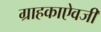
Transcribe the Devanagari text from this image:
ग्राहकाऐवजी